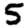
Digit: 5